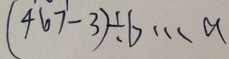
( 4 6 7 - 3 ) \div b \cdots a